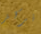
نركز